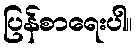
ပြန်စာရေးပါ။